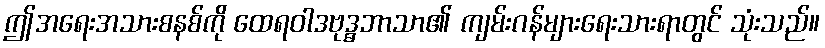
ဤအရေးအသားစနစ်ကို ထေရဝါဒဗုဒ္ဓဘာသာ၏ ကျမ်းဂန်များရေးသားရာတွင် သုံးသည်။